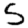
Digit: 5